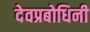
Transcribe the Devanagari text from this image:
देवप्रबोधिनी